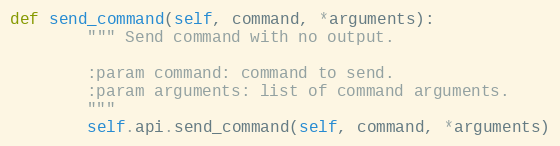
Language: Python
def send_command(self, command, *arguments):
        """ Send command with no output.

        :param command: command to send.
        :param arguments: list of command arguments.
        """
        self.api.send_command(self, command, *arguments)